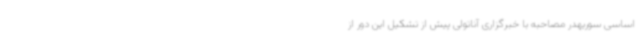
اساسی سوریهدر مصاحبه با خبرگزاری آناتولی پیش از تشکیل این دور از